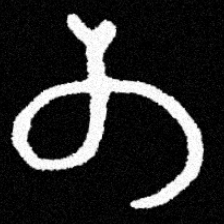
Pyu character \u2014 Myanmar letter: တ (romanized: ta)